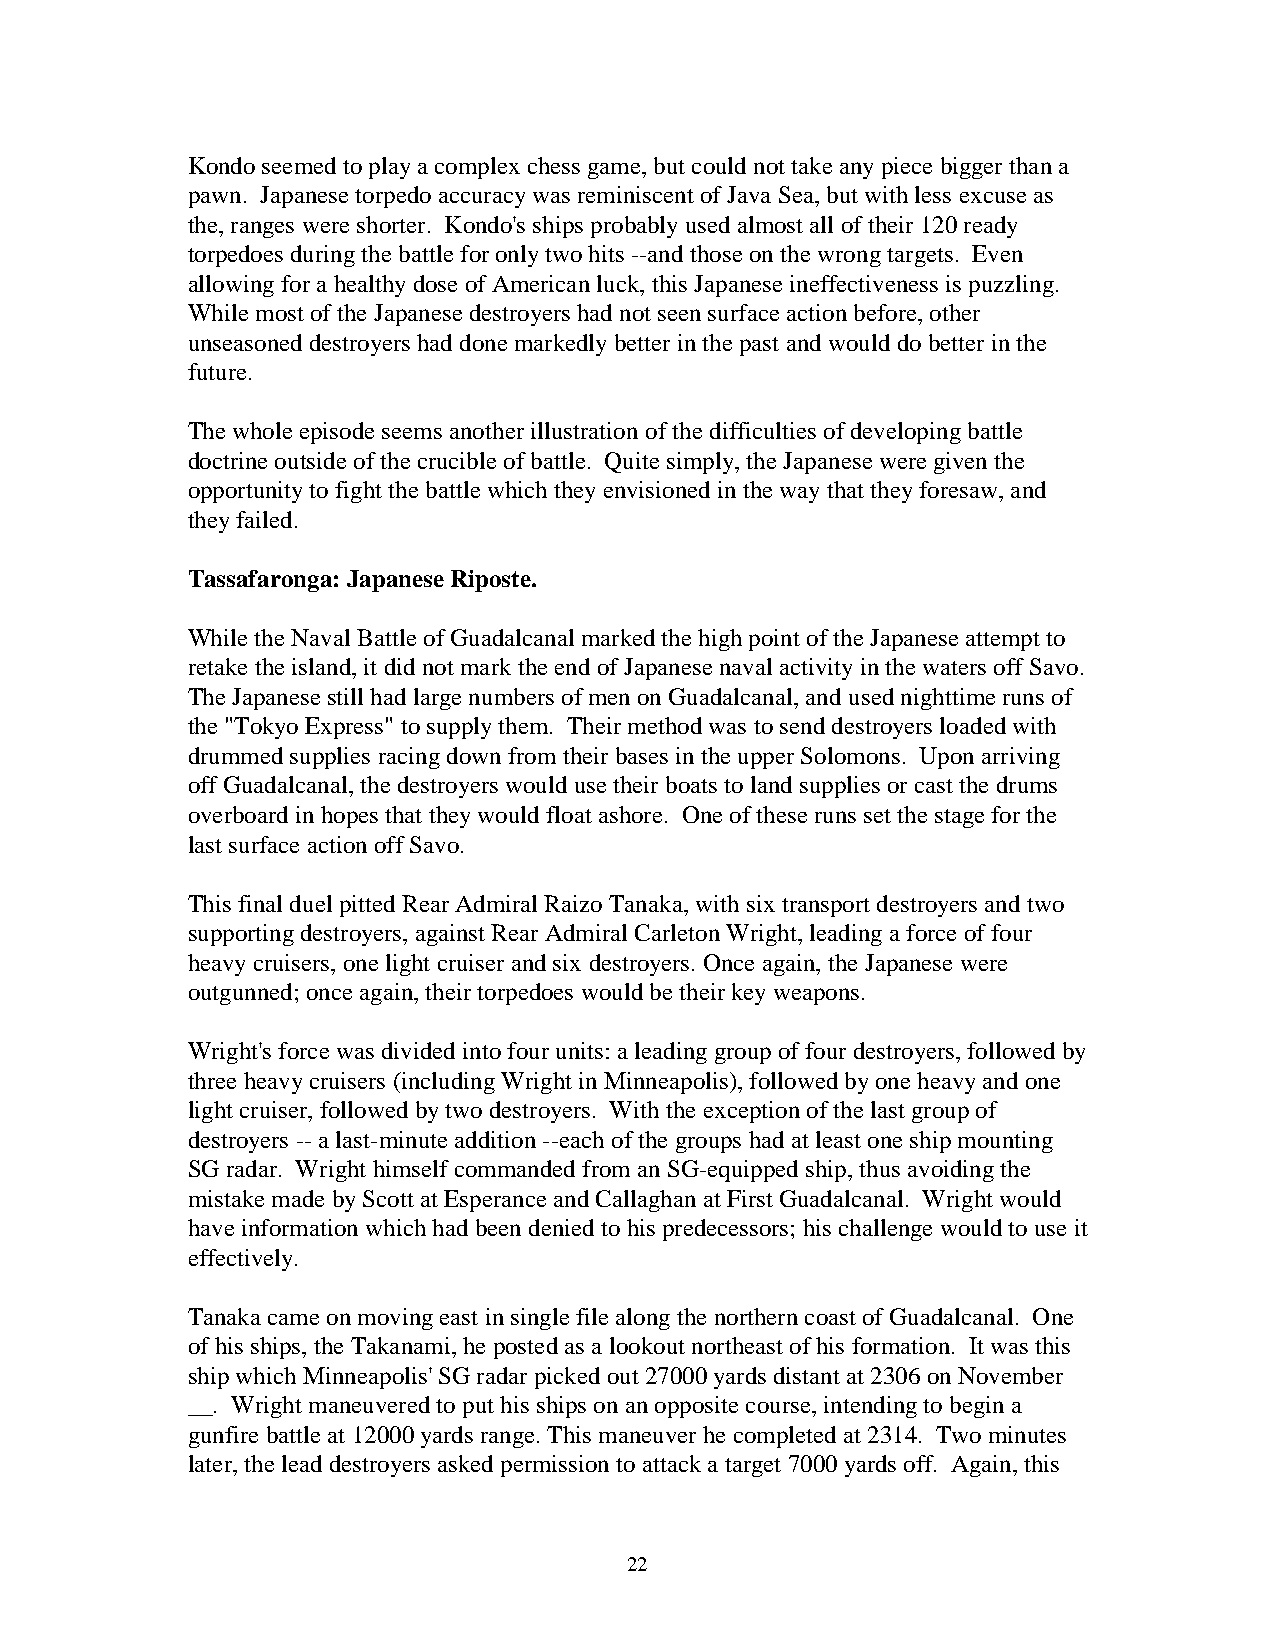
Kondo seemed to play a complex chess game, but could not take any piece bigger than a
 pawn. Japanese torpedo accuracy was reminiscent of Java Sea, but with less excuse as
 the, ranges were shorter. Kondo's ships probably used almost all of their 120 ready
 torpedoes during the battle for only two hits --and those on the wrong targets. Even
 allowing for a healthy dose of American luck, this Japanese ineffectiveness is puzzling.
 While most of the Japanese destroyers had not seen surface action before, other
 unseasoned destroyers had done markedly better in the past and would do better in the
 future.
 The whole episode seems another illustration of the difficulties of developing battle
 doctrine outside of the crucible of battle. Quite simply, the Japanese were given the
 opportunity to fight the battle which they envisioned in the way that they foresaw, and
 they failed.
 Tassafaronga: Japanese Riposte.
 While the Naval Battle of Guadalcanal marked the high point of the Japanese attempt to
 retake the island, it did not mark the end of Japanese naval activity in the waters off Savo.
 The Japanese still had large numbers of men on Guadalcanal, and used nighttime runs of
 the "Tokyo Express" to supply them. Their method was to send destroyers loaded with
 drummed supplies racing down from their bases in the upper Solomons. Upon arriving
 off Guadalcanal, the destroyers would use their boats to land supplies or cast the drums
 overboard in hopes that they would float ashore. One of these runs set the stage for the
 last surface action off Savo.
 This final duel pitted Rear Admiral Raizo Tanaka, with six transport destroyers and two
 supporting destroyers, against Rear Admiral Carleton Wright, leading a force of four
 heavy cruisers, one light cruiser and six destroyers. Once again, the Japanese were
 outgunned; once again, their torpedoes would be their key weapons.
 Wright's force was divided into four units: a leading group of four destroyers, followed by
 three heavy cruisers (including Wright in Minneapolis), followed by one heavy and one
 light cruiser, followed by two destroyers. With the exception of the last group of
 destroyers -- a last-minute addition --each of the groups had at least one ship mounting
 SG radar. Wright himself commanded from an SG-equipped ship, thus avoiding the
 mistake made by Scott at Esperance and Callaghan at First Guadalcanal. Wright would
 have information which had been denied to his predecessors; his challenge would to use it
 effectively.
 Tanaka came on moving east in single file along the northern coast of Guadalcanal. One
 of his ships, the Takanami, he posted as a lookout northeast of his formation. It was this
 ship which Minneapolis' SG radar picked out 27000 yards distant at 2306 on November
 __. Wright maneuvered to put his ships on an opposite course, intending to begin a
 gunfire battle at 12000 yards range. This maneuver he completed at 2314. Two minutes
 later, the lead destroyers asked permission to attack a target 7000 yards off. Again, this
 22